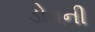
ડોવની